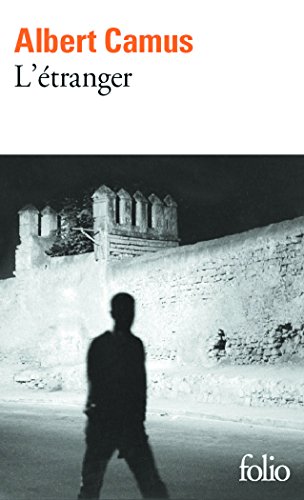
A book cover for L'Ã©tranger (Collection Folio, no. 2) (French Edition); Albert Camus; Literature & Fiction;